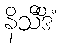
နိသီဒိံ